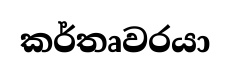
කර්තෘවරයා